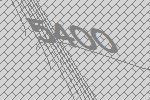
5400